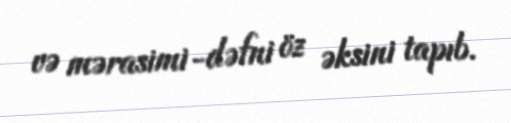
və mərasimi-dəfni öz əksini tapıb.